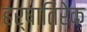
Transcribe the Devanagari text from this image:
हर्षातिरेक